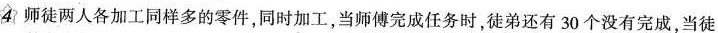
4师徒两人各加工同样多的零件，同时加工，当师傅完成任务时，徒弟还有30个没有完成，当徒